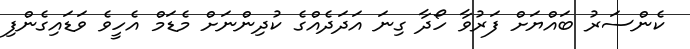
ކެންސަރު ބައްޔަށް ފަރުވާ ހޯދާ ގިނަ އަދަދެއްގެ ކުދިންނަށް މެޑަމް އެހީވެ ވަޑައިގެންފި